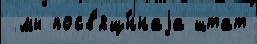
 мы посв'ящ́ннаjа штат